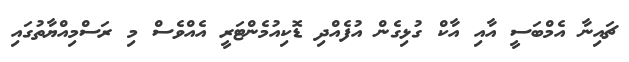
ޗައިނާ އެމްބަސީ އާއި އާކް ގުޅިގެން އުފެއްދި ޑޮކިއުމެންޓަރީ އެއްވެސް މި ރަސްމިއްޔާތުގައި